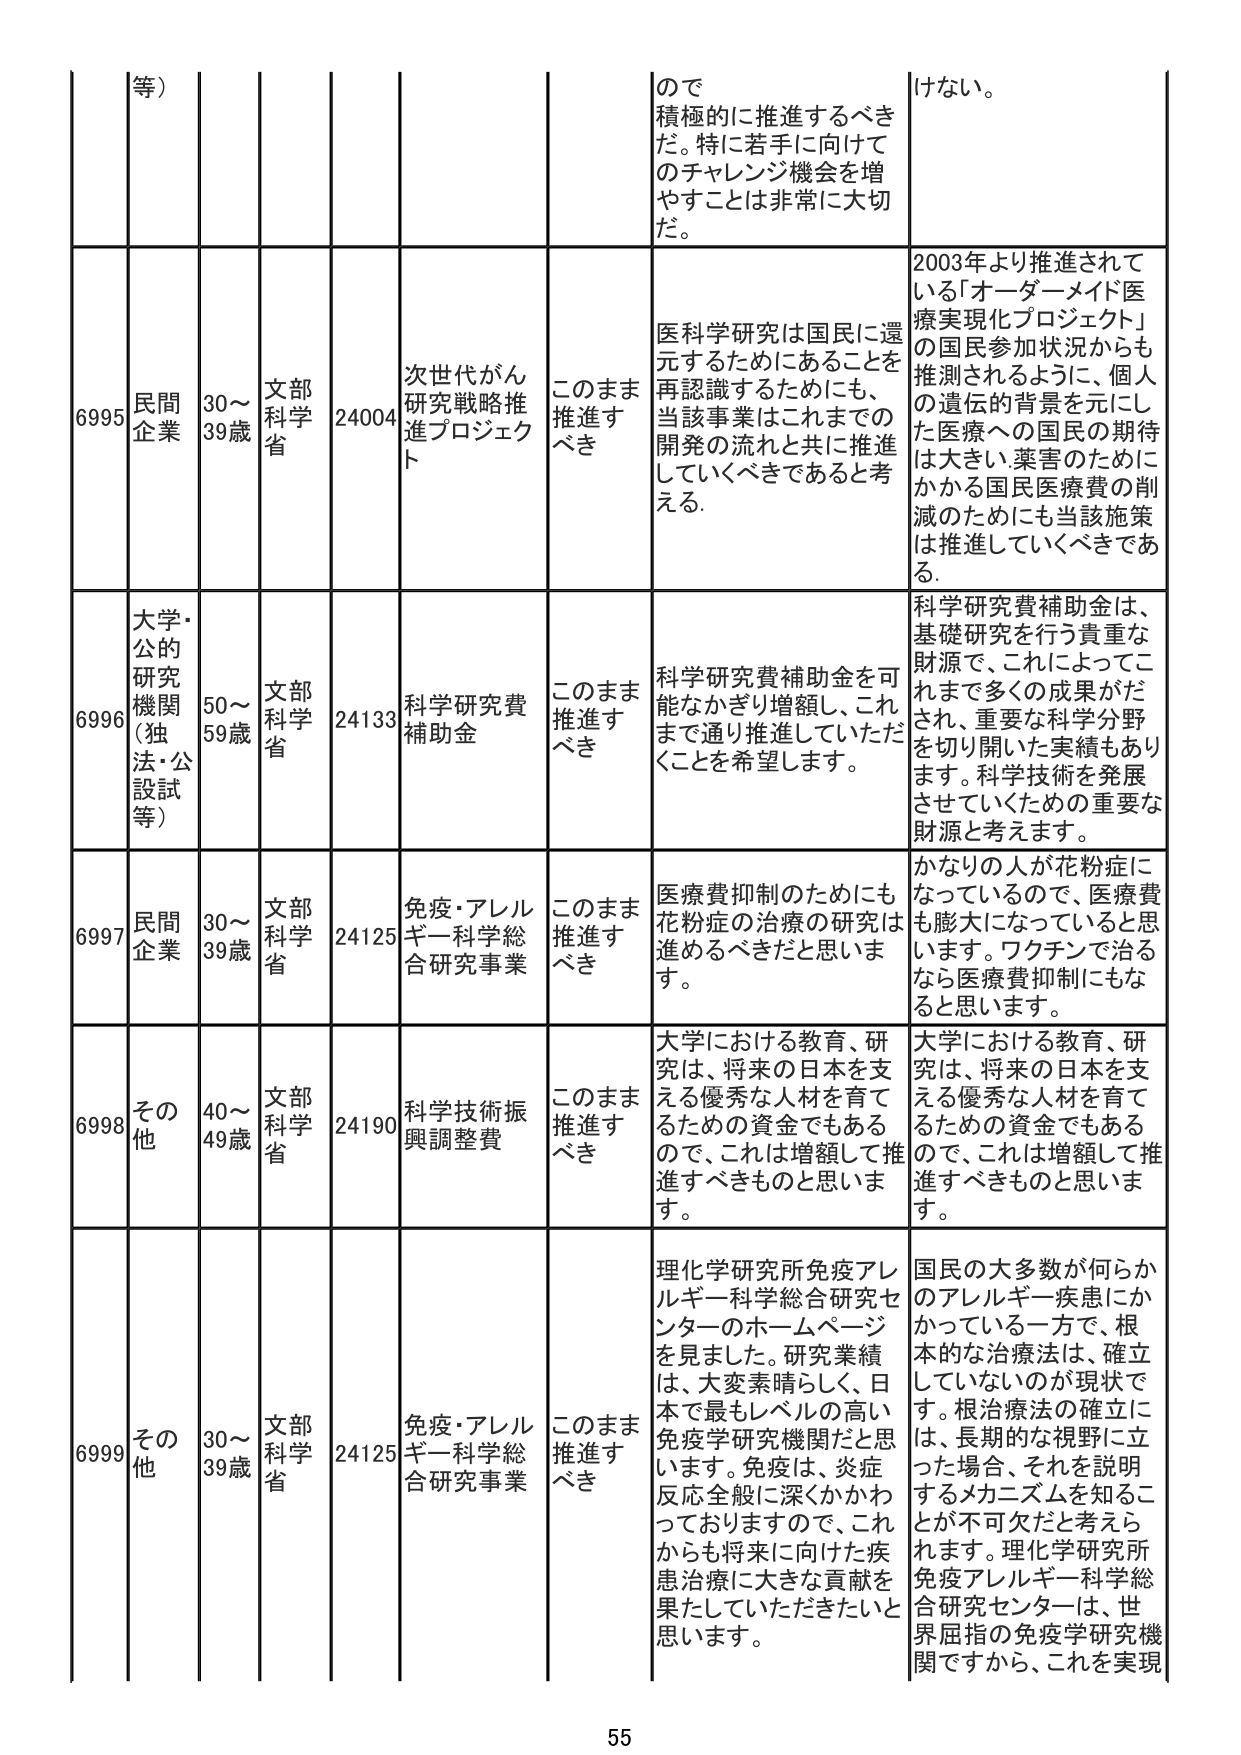
等）
ので
積極的に推進するべき
だ。特に若手に向けて
のチャレンジ機会を増
やすことは非常に大切
だ。
けない。

6995
民間
企業
30～
39歳
文部
科学
省
24004
次世代がん
研究戦略推
進プロジェクト
このまま
推進す
べき
医科学研究は国民に還
元するためにあることを
再認識するためにも、
当該事業はこれまでの
開発の流れと共に推進
していくべきであると考
える。
2003年より推進されて
いる「オーダーメイド医
療実現化プロジェクト」
の国民参加状況からも
推測されるように、個人
の遺伝的背景を元にし
た医療への国民の期待
は大きい。薬害のために
かかる国民医療費の削
減のためにも当該施策
は推進していくべきであ
る。

6996
大学・
公的
研究
機関
（独
法・公
設試
等）
50～
59歳
文部
科学
省
24133
科学研究費
補助金
このまま
推進す
べき
科学研究費補助金を可
能なかぎり増額し、これ
まで通り推進していただ
くことを希望します。
科学研究費補助金は、
基礎研究を行う貴重な
財源で、これによってこ
れまで多くの成果がだ
され、重要な科学分野
を切り開いた実績もあり
ます。科学技術を発展
させていくための重要な
財源と考えます。

6997
民間
企業
30～
39歳
文部
科学
省
24125
免疫・アレル
ギー科学総
合研究事業
このまま
推進す
べき
医療費抑制のためにも
花粉症の治療の研究は
進めるべきだと思いま
す。
かなりの人が花粉症に
なっているので、医療費
も膨大になっていると思
います。ワクチンで治る
なら医療費抑制にもな
ると思います。

6998
その他
40～
49歳
文部
科学
省
24190
科学技術振
興調整費
このまま
推進す
べき
大学における教育、研
究は、将来の日本を支
える優秀な人材を育て
るための資金でもある
ので、これは増額して推
進すべきものと思いま
す。
大学における教育、研
究は、将来の日本を支
える優秀な人材を育て
るための資金でもある
ので、これは増額して推
進すべきものと思いま
す。

6999
その他
30～
39歳
文部
科学
省
24125
免疫・アレル
ギー科学総
合研究事業
このまま
推進す
べき
理化学研究所免疫アレ
ルギー科学総合研究セ
ンターのホームページ
を見ました。研究業績
は、大変素晴らしい、日
本で最もレベルの高い
免疫学研究機関だと思
います。免疫は、炎症
反応全般に深くかかわ
っておりまので、これ
からも将来に向けた疾
患治療に大きな貢献を
果たしていただきたいと
思います。
国民の大多数が何らか
のアレルギー疾患にか
かっている一方で、根
本的な治療法は、確立
していないのが現状で
す。根治療法の確立に
は、長期的な視野に立
った場合、それを説明
するメカニズムを知るこ
とが不可欠だと考えら
れます。理化学研究所
免疫アレルギー科学総
合研究センターは、世
界屈指の免疫学研究機
関ですから、これを実現

55